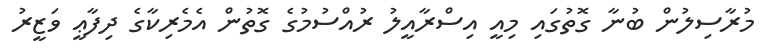
މުރާސިލުން ބުނާ ގޮތުގައި މިއީ އިސްރާއީލު ރުއްސުމުގެ ގޮތުން އެމެރިކާގެ ދިފާޢީ ވަޒީރު